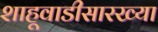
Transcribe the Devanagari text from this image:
शाहूवाडीसारख्या